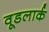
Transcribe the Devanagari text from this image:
वूडलार्क